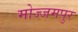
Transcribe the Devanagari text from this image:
मोज्जमपुर